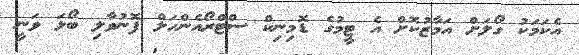
އެކަމަކު ގޯލަށް އަމާޒުކޮށް އެ ޓީމުގެ ޑޮމިނިކް ސްޓްރޯއެންހަލް ފޮނުވާލި ބޯޅަ ވަނީ